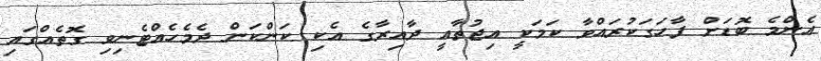
އެންމެ ބޮޑަށް ފާހަގަކުރައްވާ ކަމަކީ އިޖުތާއީ ދާއިރާގެ އެކި ކަންކަން ދެމެހެއްޓެނިވި ގޮތެއްގައި